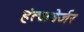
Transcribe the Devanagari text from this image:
हंत्जबेर्जर